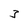
Character: 3